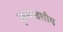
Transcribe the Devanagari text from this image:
कृष्णवंशीय